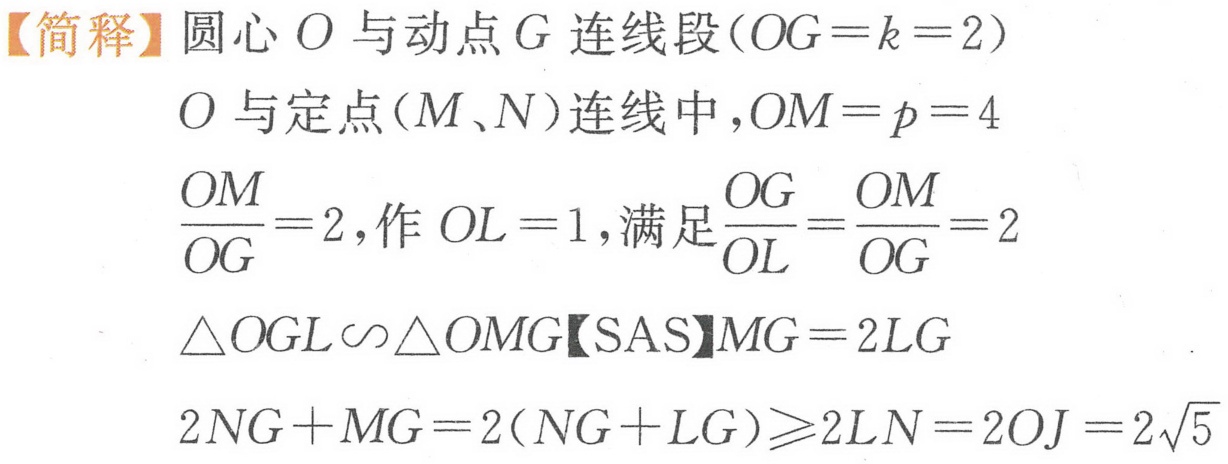
【简释】圆心 \(O\) 与动点 \(G\) 连线段(\(OG = k = 2\))
\(O\) 与定点(\(M\)、\(N\))连线中，\(OM = p = 4\)
\(\frac{OM}{OG}=2\)，作 \(OL = 1\)，满足\(\frac{OG}{OL}=\frac{OM}{OG}=2\)
\(\triangle OGL\backsim\triangle OMG\)【SAS】\(MG = 2LG\)
\(2NG + MG=2(NG + LG)\geqslant2LN = 2OJ = 2\sqrt{5}\)